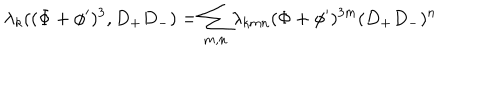
LaTeX: \lambda _ { k } ( ( \Phi + \phi ^ { \prime } ) ^ { 3 } , D _ { + } D _ { - } ) = \sum _ { m , n } \lambda _ { k m n } ( \Phi + \phi ^ { \prime } ) ^ { 3 m } ( D _ { + } D _ { - } ) ^ { n }